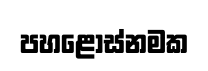
පහළොස්නමක